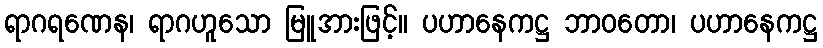
ရာဂရဏေန၊ ရာဂဟူသော မြူအားဖြင့်။ ပဟာနေကဋ္ဌ ဘာဝတော၊ ပဟာနေကဋ္ဌ